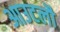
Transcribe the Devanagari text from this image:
आउटलौ